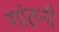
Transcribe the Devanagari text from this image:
गांठनी